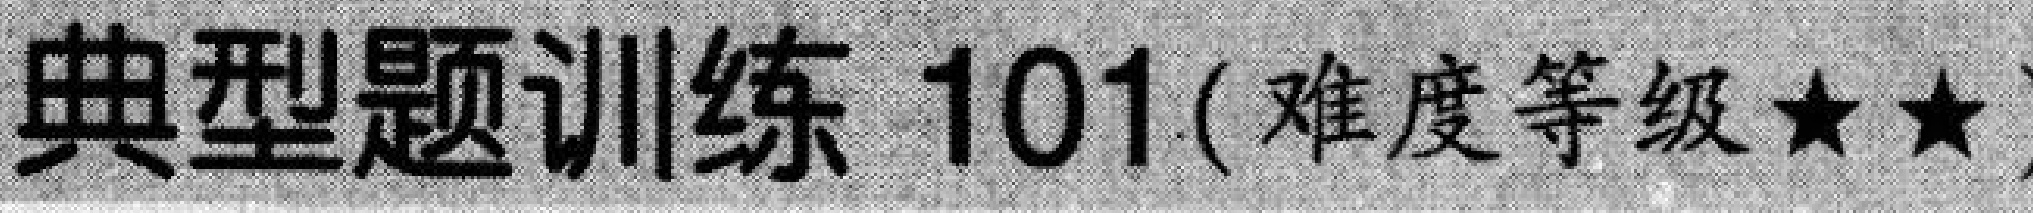
典型题训练 \(101\)(难度等级★★)